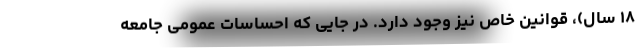
۱۸ سال)، قوانین خاص نیز وجود دارد. در جایی که احساسات عمومی جامعه